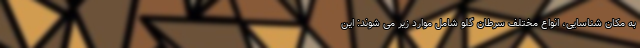
به مکان شناسایی، انواع مختلف سرطان گلو شامل موارد زیر می شوند: این